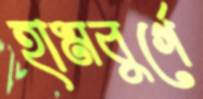
হামবুর্গে